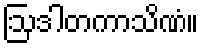
ဩဒါတကာသိဏံ။